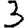
Digit: 3